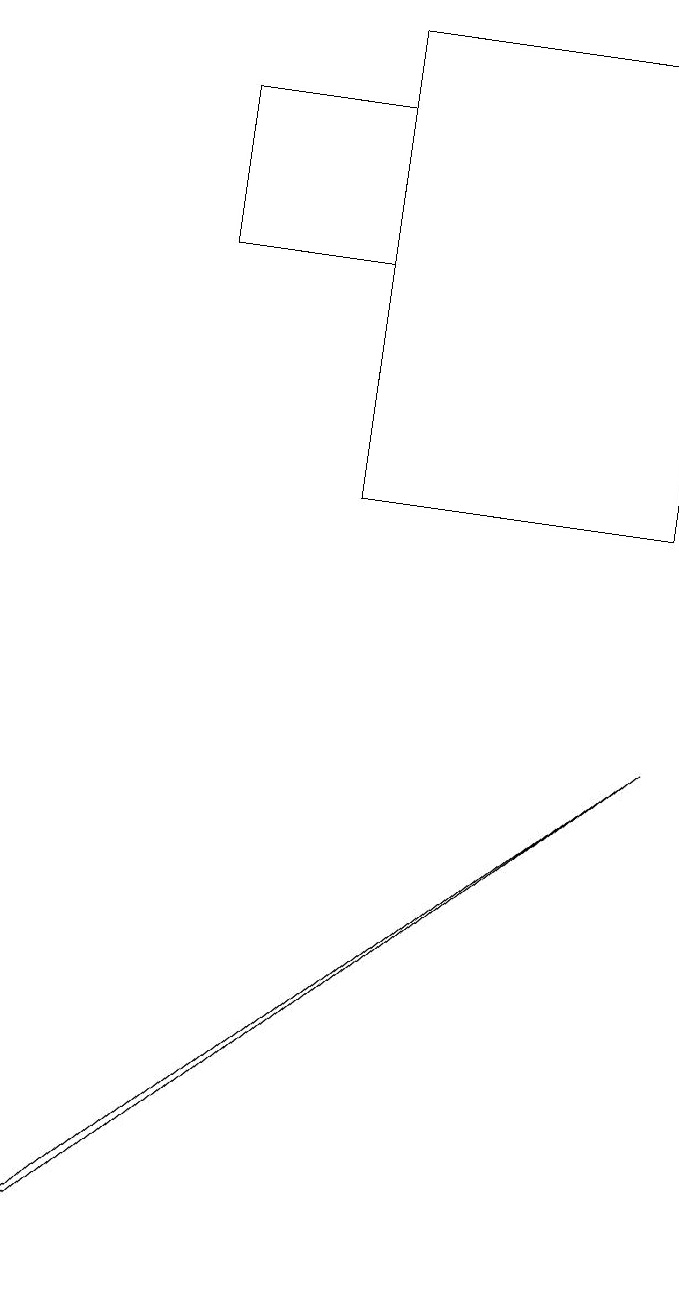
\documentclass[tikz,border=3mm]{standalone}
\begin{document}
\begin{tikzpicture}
\draw (4,16) rectangle (8,10);
\draw (4,13) rectangle (2,15);
\draw (0,0) -- (8,7) -- (1,1) -- cycle;
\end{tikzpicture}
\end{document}